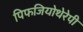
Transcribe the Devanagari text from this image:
पिफजियोथेरेपी